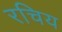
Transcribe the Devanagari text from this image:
रचिय